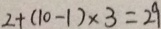
2 + ( 1 0 - 1 ) \times 3 = 2 9